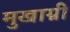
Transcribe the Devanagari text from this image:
मुखाग्नी